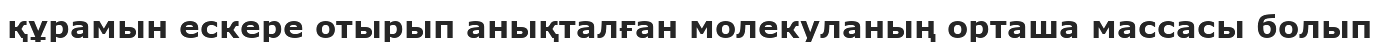
құрамын ескере отырып анықталған молекуланың орташа массасы болып